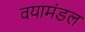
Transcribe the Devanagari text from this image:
वयामंडल